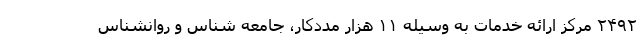
۲۴۹۲ مرکز ارائه خدمات به وسیله ۱۱ هزار مددکار، جامعه شناس و روانشناس